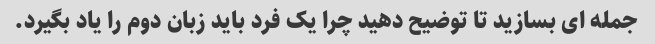
جمله ای بسازید تا توضیح دهید چرا یک فرد باید زبان دوم را یاد بگیرد.